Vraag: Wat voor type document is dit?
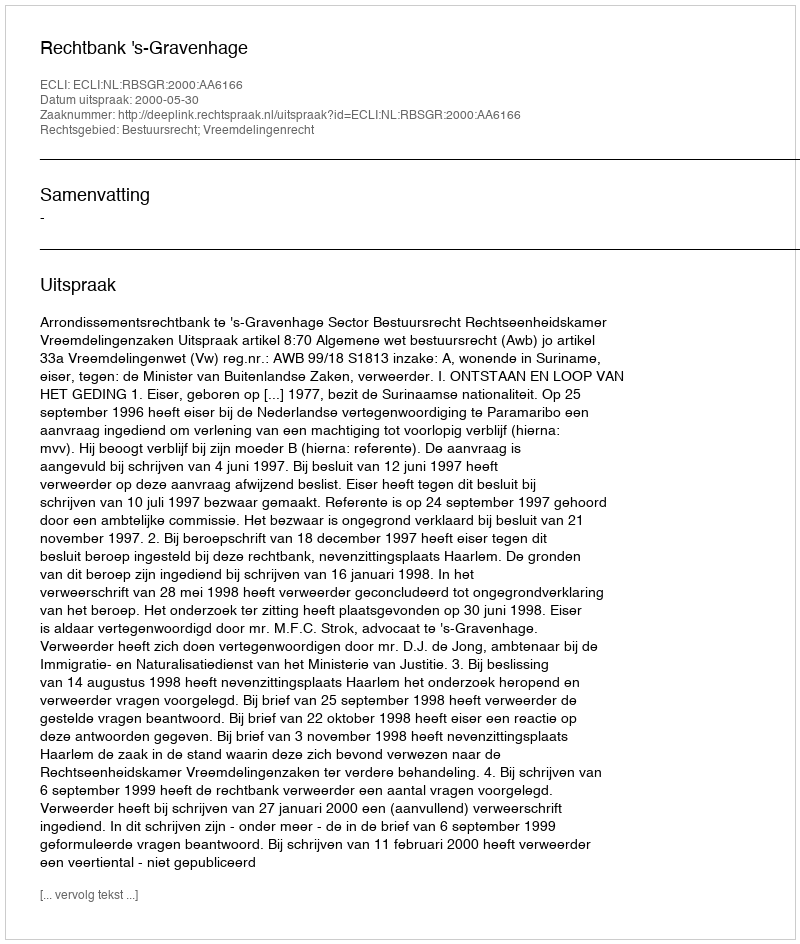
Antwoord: Uitspraak